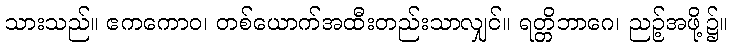
သားသည်။ ဧကကောဝ၊ တစ်ယောက်အထီးတည်းသာလျှင်။ ရတ္တိဘာဂေ၊ ညဉ့်အဖို့၌။